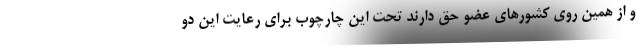
و از همین روی کشورهای عضو حق دارند تحت این چارچوب برای رعایت این دو